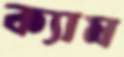
ক্যাম